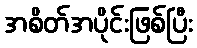
အစိတ်အပိုင်းဖြစ်ပြီး